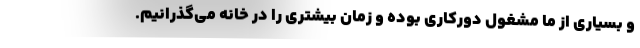
و بسیاری از ما مشغول دورکاری بوده و زمان بیشتری را در خانه می‌گذرانیم.